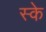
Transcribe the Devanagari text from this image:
स्के